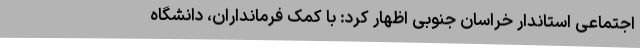
اجتماعی استاندار خراسان‌ جنوبی اظهار کرد: با کمک فرمانداران، دانشگاه